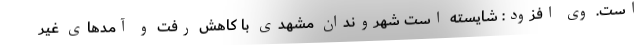
است. وی افزود: شایسته است شهروندان مشهدی با کاهش رفت و آمدهای غیر